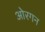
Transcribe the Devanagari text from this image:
ओरगन